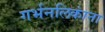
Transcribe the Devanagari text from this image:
गर्भनलिकांना